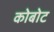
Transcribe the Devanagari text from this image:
कोबोट